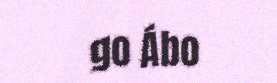
go Ábo